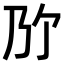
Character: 𫡐